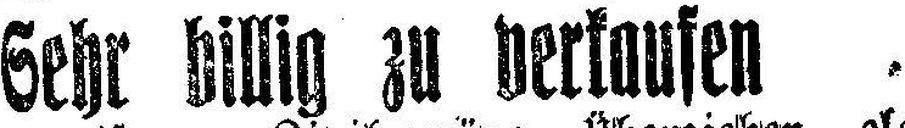
Sehr billig zu verkaufen